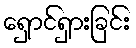
ရှောင်ရှားခြင်း